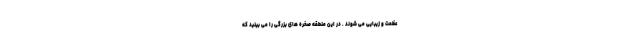
عظمت و زیبایی می شوند . در این منطقه صخره های بزرگی را می بینید که